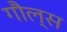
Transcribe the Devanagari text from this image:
गौल्स